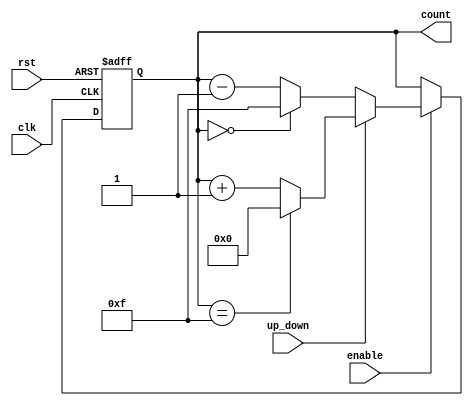
module UpDownCounter (
    input wire clk,          // Clock signal
    input wire rst,          // Asynchronous reset
    input wire up_down,      // Up/Down control signal
    input wire enable,       // Enable signal
    output reg [3:0] count   // 4-bit count output
);

    // Define the maximum count value for a 4-bit counter
    localparam MAX_COUNT = 4'b1111; // 15 in decimal
    localparam MIN_COUNT = 4'b0000; // 0 in decimal

    always @(posedge clk or posedge rst) begin
        if (rst) begin
            count <= MIN_COUNT; // Reset the count to zero
        end else if (enable) begin
            if (up_down) begin
                // Count Up
                if (count == MAX_COUNT) begin
                    count <= MIN_COUNT; // Wrap around to zero
                end else begin
                    count <= count + 1'b1; // Increment count
                end
            end else begin
                // Count Down
                if (count == MIN_COUNT) begin
                    count <= MAX_COUNT; // Wrap around to max value
                end else begin
                    count <= count - 1'b1; // Decrement count
                end
            end
        end
        // If enable is low, the count value is held (no change)
    end

endmodule